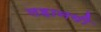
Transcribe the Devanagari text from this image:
लहानगी